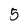
Character: 5